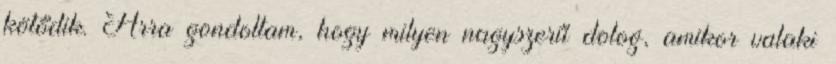
kötődik. Arra gondoltam, hogy milyen nagyszerű dolog, amikor valaki